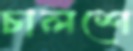
চালশে